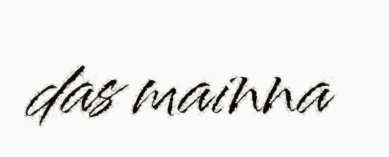
das mainna